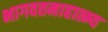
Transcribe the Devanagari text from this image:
भागवतमाहात्म्य